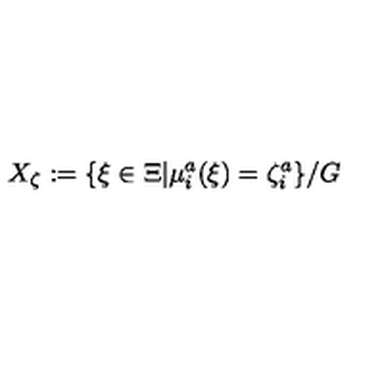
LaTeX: X _ { \zeta } : = \{ \xi \in \Xi | \mu _ { i } ^ { a } ( \xi ) = \zeta _ { i } ^ { a } \} / G